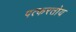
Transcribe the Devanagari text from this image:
पत्करतोय